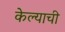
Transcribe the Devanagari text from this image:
केेल्याची